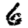
Digit: 6